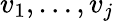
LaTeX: v_{1},\dotsc,v_{j}